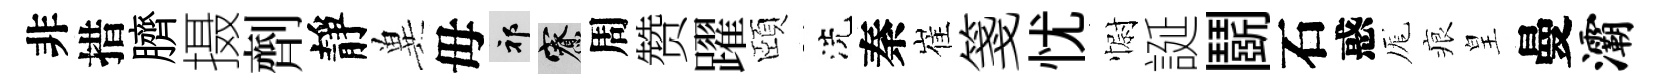
非措臍摄劑靜兾毋祁寮周赞躍頤洗秦崔箋忧𢠢誕鬬石惑厖痕皇曼灞